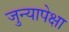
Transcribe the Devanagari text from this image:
जुन्यापेक्षा